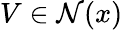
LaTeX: V\in{\mathcal{N}}(x)